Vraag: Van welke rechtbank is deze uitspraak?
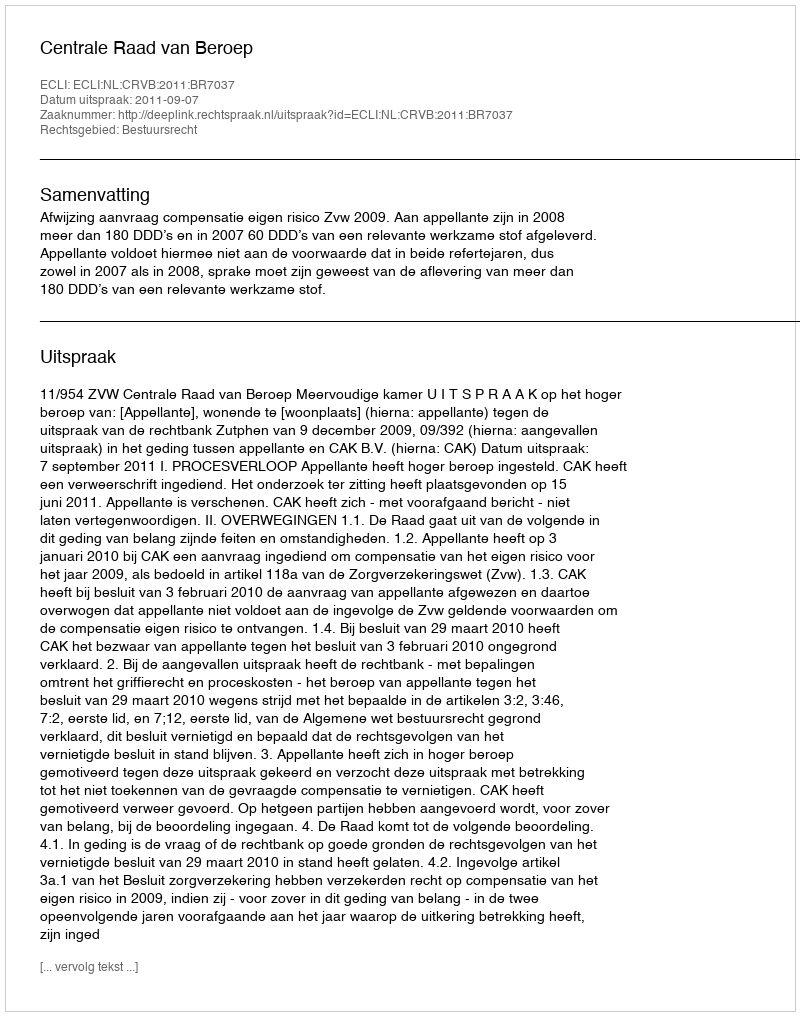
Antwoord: Centrale Raad van Beroep